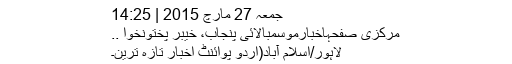
جمعہ 27 مارچ 2015 | 14:25
مرکزی صفحہاخبارموسمبالائی پنجاب، خیبر پختونخوا ..
لاہور/اسلام آباد(اُردو پوائنٹ اخبار تازہ ترین۔